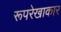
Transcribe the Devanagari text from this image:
रूपरेखाकार